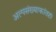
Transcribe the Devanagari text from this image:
अल्पसंख्याकांतही